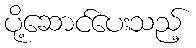
ပို့ဆောင်ပေးသည့်